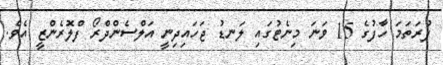
ފުރަތަމަ ހާފުގެ 15 ވަނަ މިނެޓުގައި ލަނޑު ޖަހައިދިނީ އަލްސެންދްރޯ ފްލޮރެންޒީ އެވެ.